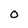
Character: 0